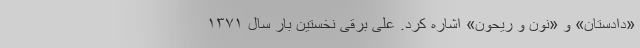
«دادستان» و «نون و ریحون» اشاره کرد. علی برقی نخستین بار سال ۱۳۷۱